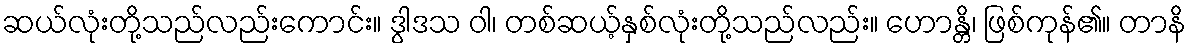
ဆယ်လုံးတို့သည်လည်းကောင်း။ ဒွါဒသ ဝါ၊ တစ်ဆယ့်နှစ်လုံးတို့သည်လည်း။ ဟောန္တိ၊ ဖြစ်ကုန်၏။ တာနိ